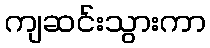
ကျဆင်းသွားကာ